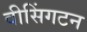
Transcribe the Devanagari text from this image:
वीसिंगटन